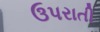
ઉપરાતી